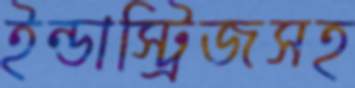
ইন্ডাস্ট্রিজসহ